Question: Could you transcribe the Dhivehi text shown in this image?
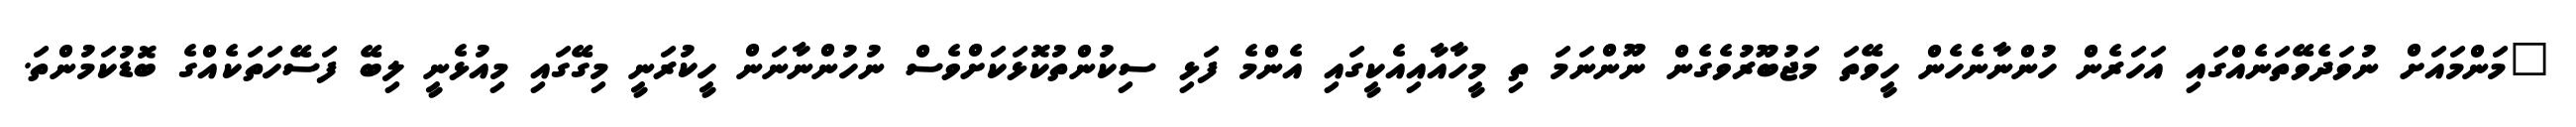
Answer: "މަންމައަށް ނުވަދެވޭތަނެއްގައި އަހަރެން ހުންނާނެހެން ހީވޭތަ މަޖުބޫރުވެގެން ނޫންނަމަ ތި މީހާއާއިއެކީގައި އެންމެ ފަޅި ސިކުންތުކޮޅަކަށްވެސް ނުހުންނާނަން ހީކުރަނީ މިގޭގައި މިއުޅެނީ ލިބޭ ފަސޭހަތަކެއްގެ ބޮޑުކަމުންތަ.